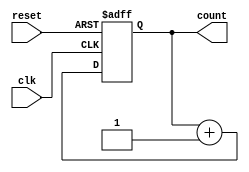
module synchronous_counter (
    input wire clk,        // Clock input
    input wire reset,      // Asynchronous reset input
    output reg [3:0] count // 4-bit counter output
);

// Always block triggered on the positive edge of the clock or reset
always @(posedge clk or posedge reset) begin
    if (reset) begin
        count <= 4'b0000; // Reset the count to 0
    end else begin
        count <= count + 1; // Increment count
    end
end

endmodule